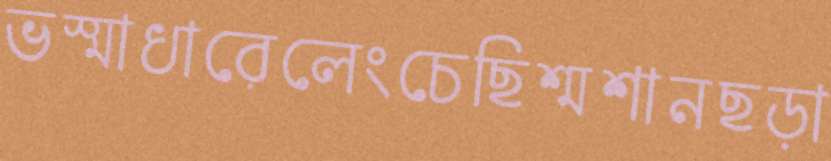
ভস্মাধারেলেংচেছিশ্মশানছড়া